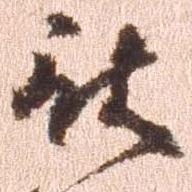
被